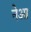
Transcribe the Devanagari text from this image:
नेआ